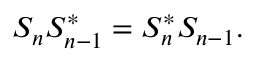
S _ { n } S _ { n - 1 } ^ { * } = S _ { n } ^ { * } S _ { n - 1 } .